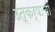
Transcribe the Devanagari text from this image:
उत्कर्षाची